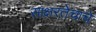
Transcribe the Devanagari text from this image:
साक्षरतेचाचे